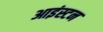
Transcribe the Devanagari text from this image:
आइंस्टन